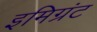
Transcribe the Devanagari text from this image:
इमिग्रंट